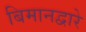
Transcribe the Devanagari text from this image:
बिमानद्वारे